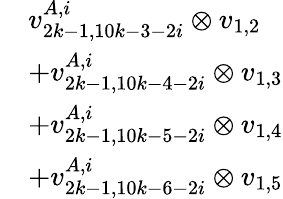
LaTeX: \begin{array}{rl}&{v_{2k-1,10k-3-2i}^{A,i}\otimes v_{1,2}}\\ &{+v_{2k-1,10k-4-2i}^{A,i}\otimes v_{1,3}}\\ &{+v_{2k-1,10k-5-2i}^{A,i}\otimes v_{1,4}}\\ &{+v_{2k-1,10k-6-2i}^{A,i}\otimes v_{1,5}}\end{array}